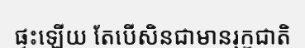
ផ្ទះឡើយ តែបើសិនជាមានរុក្ខជាតិ